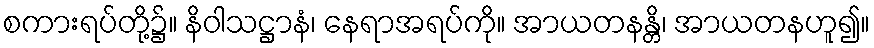
စကားရပ်တို့၌။ နိဝါသဋ္ဌာနံ၊ နေရာအရပ်ကို။ အာယတနန္တိ၊ အာယတနဟူ၍။